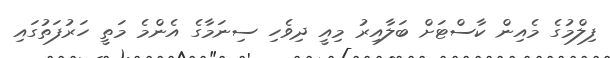
ފިލްމުގެ މެއިން ކާސްޓަށް ބަލާއިރު މިއީ ދިވެހި ސިނަމާގެ އެންމެ މަތީ ހަރުފަތުގައި